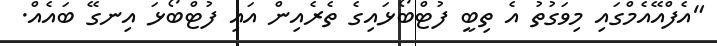
"އެފްއޭއެމްގައި މިވަގުތު އެ ތިބީ ފުޓްބޯޅައިގެ ތެރެއިން އައި ފުޓްބޯޅަ އިނގޭ ބައެއް.